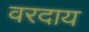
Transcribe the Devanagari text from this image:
वरदाय